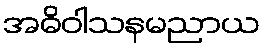
အဓိဝါသနမညာယ